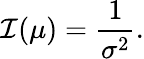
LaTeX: \mathcal{I}(\mu)=\frac{1}{\sigma^{2}}.